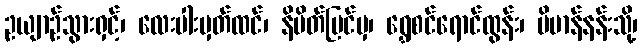
ဥယျာဉ်သွားရှင့်၊ လေးပါးမှတ်ထင်၊ နိမိတ်မြင်မှ၊ ရွှေစင်ရောင်ထွန်း၊ ဗိမာန်နန်းသို့၊